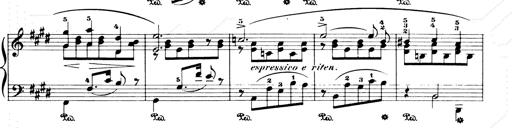
Title: Consolations and LiebestrÃ¤ume for the Piano
Composer: Franz Liszt